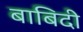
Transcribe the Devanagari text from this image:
बाबिदी